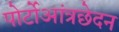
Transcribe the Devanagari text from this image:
पोर्टोआंत्रछेदन